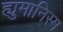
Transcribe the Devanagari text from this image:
ह्युमानिस्म